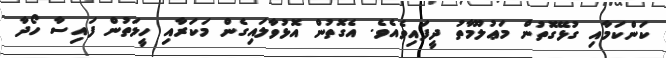
ކަންކަމާއި ގުޅޭގޮތުން މަޢުލޫމާތު ދީފައިވެއެވެ. އެގޮތުން އޮޅުވާލައިގެން މަކަރާއި ހީލަތުން ފައިސާ ހޯދާ